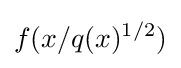
f(x/q(x)^{1/2})